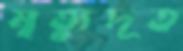
মৃত্যুদূত